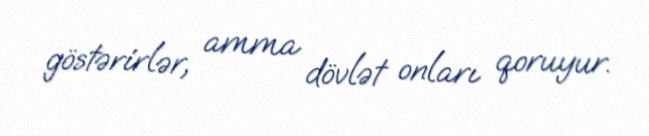
göstərirlər, amma dövlət onları qoruyur.